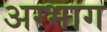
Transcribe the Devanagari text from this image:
अग्भाग